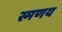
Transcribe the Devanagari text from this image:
स्मणय